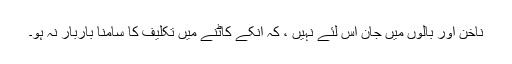
ناخُن اور بالوں میں جان اِس لئے نہیں ، کہ انکے کاٹنے میں تکلیف کا سامنا باربار نہ ہو۔